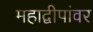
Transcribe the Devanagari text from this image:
महाद्वीपांवर